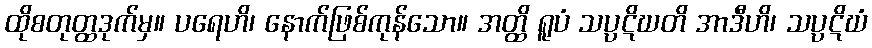
ထိုစတုတ္ထဒုက်မှ။ ပရေဟိ၊ နောက်ဖြစ်ကုန်သော။ အတ္ထိ ရူပံ သပ္ပဋိဃတိ အာဒီဟိ၊ သပ္ပဋိဃံ